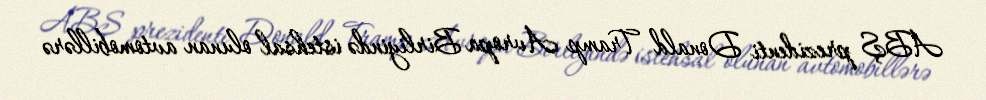
ABŞ prezidenti Donald Tramp Avropa Birliyində istehsal olunan avtomobillərə